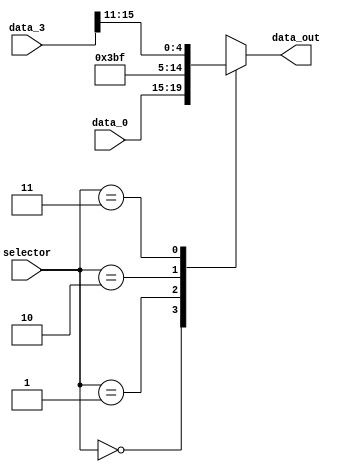
/*
    MUX_WREG seleciona a sada a partir das entradas de:
    - rt
    - 29
    - 31
    - rd
    
*/


module mux_wreg(
    input wire [1:0] selector,
    input wire [4:0] data_0,
    input wire [15:0] data_3, 
    output reg [4:0] data_out
);


    always @(*) begin
        case(selector)
            2'b00 : data_out = data_0;
            2'b01 : data_out = 5'd29;
            2'b10 : data_out = 5'd31;
            2'b11 : data_out = data_3[15:11];
        endcase 
    end
     
endmodule